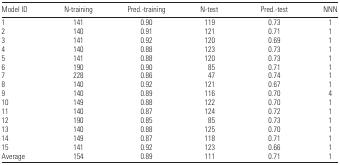
<table><thead><tr><td><b>Model ID</b></td><td><b>N-training</b></td><td><b>Pred.-training</b></td><td><b>N-test</b></td><td><b>Pred.-test</b></td><td><b>NNN</b></td></tr></thead><tbody><tr><td>1</td><td>141</td><td>0.90</td><td>119</td><td>0.73</td><td>1</td></tr><tr><td>2</td><td>140</td><td>0.91</td><td>121</td><td>0.71</td><td>1</td></tr><tr><td>3</td><td>141</td><td>0.92</td><td>120</td><td>0.69</td><td>1</td></tr><tr><td>4</td><td>140</td><td>0.88</td><td>123</td><td>0.73</td><td>1</td></tr><tr><td>5</td><td>141</td><td>0.88</td><td>120</td><td>0.73</td><td>1</td></tr><tr><td>6</td><td>190</td><td>0.90</td><td>85</td><td>0.71</td><td>1</td></tr><tr><td>7</td><td>228</td><td>0.86</td><td>47</td><td>0.74</td><td>1</td></tr><tr><td>8</td><td>140</td><td>0.92</td><td>121</td><td>0.67</td><td>1</td></tr><tr><td>9</td><td>140</td><td>0.89</td><td>116</td><td>0.70</td><td>4</td></tr><tr><td>10</td><td>149</td><td>0.88</td><td>122</td><td>0.70</td><td>1</td></tr><tr><td>11</td><td>140</td><td>0.87</td><td>124</td><td>0.72</td><td>1</td></tr><tr><td>12</td><td>190</td><td>0.85</td><td>85</td><td>0.73</td><td>1</td></tr><tr><td>13</td><td>140</td><td>0.88</td><td>125</td><td>0.70</td><td>1</td></tr><tr><td>14</td><td>149</td><td>0.87</td><td>118</td><td>0.71</td><td>1</td></tr><tr><td>15</td><td>141</td><td>0.92</td><td>123</td><td>0.66</td><td>1</td></tr><tr><td>Average</td><td>154</td><td>0.89</td><td>111</td><td>0.71</td><td>1</td></tr></tbody></table>